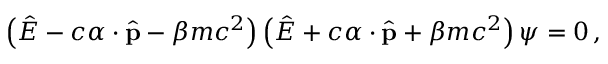
\left( { \hat { E } } - c { \boldsymbol { \alpha } } \cdot { \hat { \mathbf { p } } } - \beta m c ^ { 2 } \right) \left( { \hat { E } } + c { \boldsymbol { \alpha } } \cdot { \hat { \mathbf { p } } } + \beta m c ^ { 2 } \right) \psi = 0 \, ,